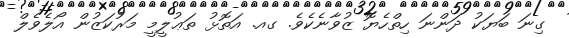
ގިނަ ބަޔަކު ދަންނަ ހިތްހެޔޮ ޒުވާނެކެވެ. ގއ. އަތޮޅު ތަޢުލީމީ މަރުކަޒުން އޯލެވެލް